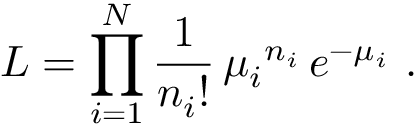
{ \cal L } = \displaystyle \prod _ { i = 1 } ^ { N } \frac { 1 } { n _ { i } ! } \, { \mu _ { i } } ^ { n _ { i } } \, e ^ { - \mu _ { i } } \ .